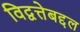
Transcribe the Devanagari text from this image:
विद्वत्तेबद्दल